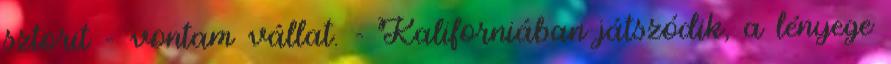
sztorit – vontam vállat. - Kaliforniában játszódik, a lényege